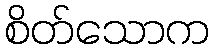
စိတ်သောက